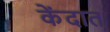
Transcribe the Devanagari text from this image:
केंदात